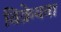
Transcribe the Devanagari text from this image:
विक्रेयता